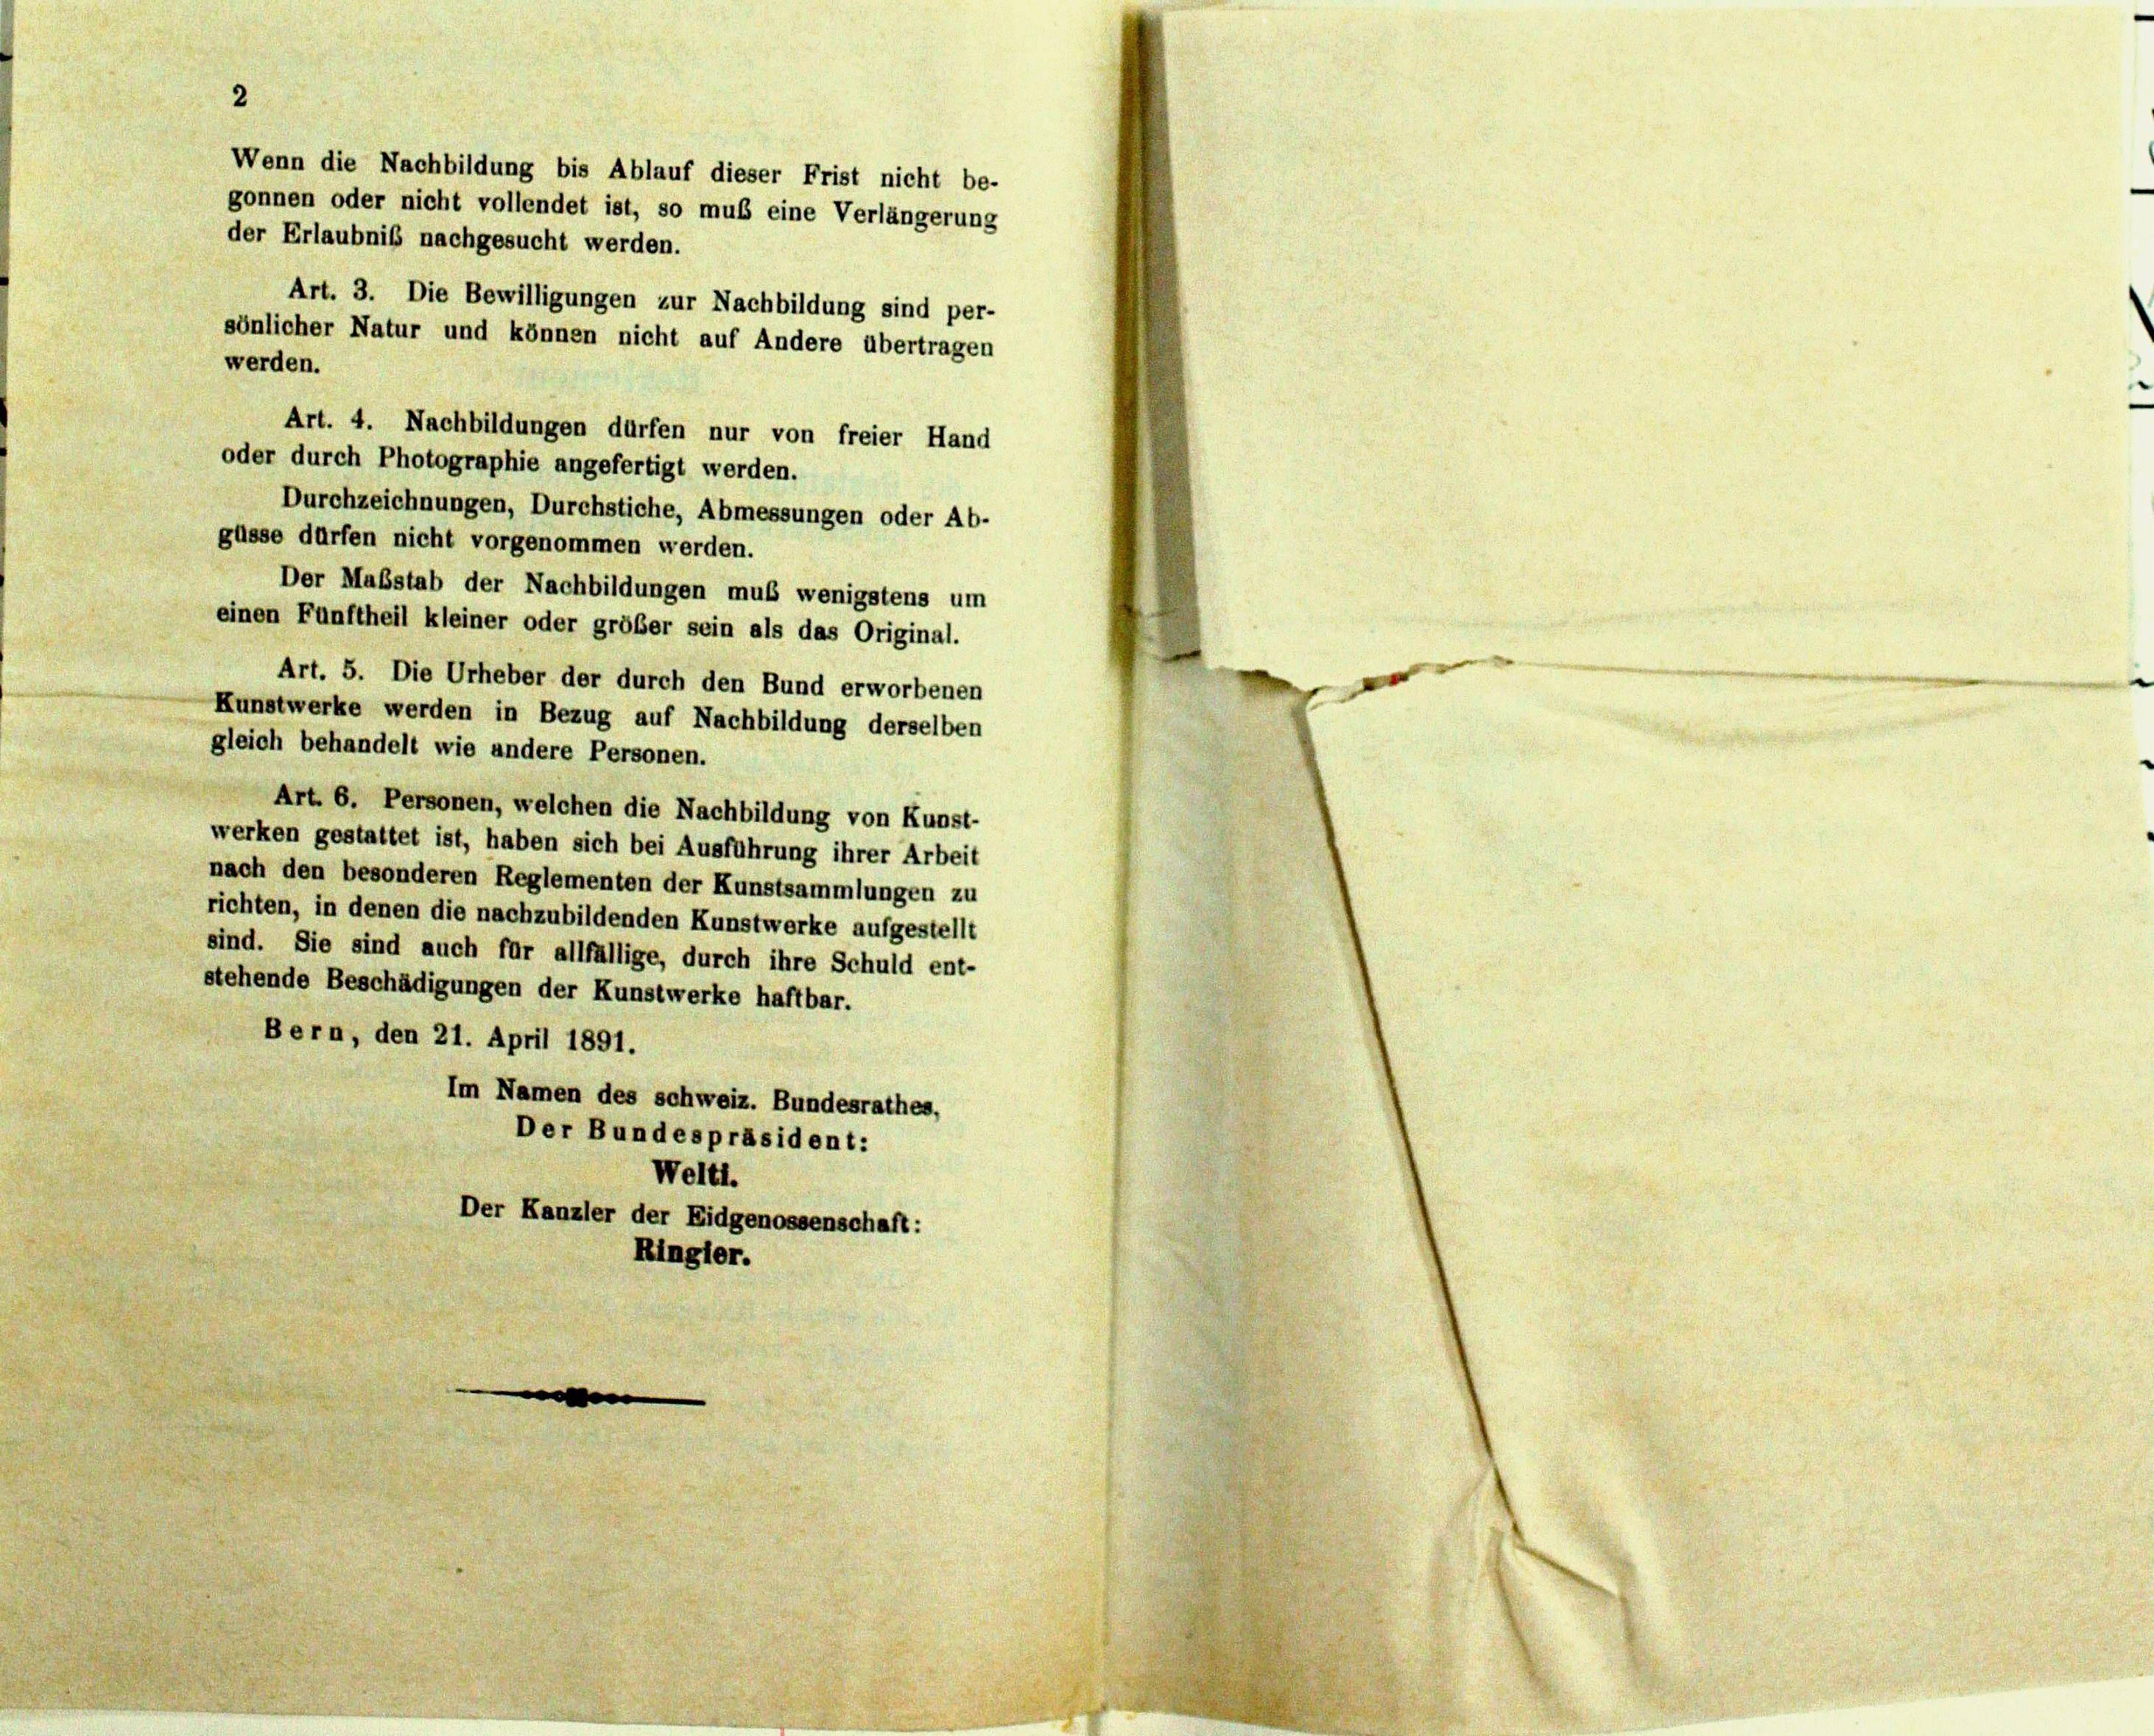
Art. 3. Die Bewilligungen zur Nachbildung sind per-
sönlicher Natur und können nicht auf Andere übertragen
werden.
Art. 4. Nachbildungen dürfen nur von freier Hand
oder durch Photographie angefertigt werden.
Durchzeichnungen, Durchstiche, Abmessungen oder Ab-
güsse dürfen nicht vorgenommen werden.
Der Maßstab der Nachbildungen muß wenigstens um
einen Fünftheil kleiner oder größer sein als das Original.
Art. 5. Die Urheber der durch den Bund erworbenen
Kunstwerke werden in Bezug auf Nachbildung derselben
gleich behandelt wie andere Personen.
Art. 6. Personen, welchen die Nachbildung von Kunst-
werken gestattet ist, haben sich bei Ausführung ihrer Arbeit
nach den besonderen Reglementen der Kunstsammlungen zu
richten, in denen die nachzubildenden Kunstwerke aufgestellt
sind. Sie sind auch für allfällige, durch ihre Schuld ent-
stehende Beschädigungen der Kunstwerke haftbar.
Bern, den 21. April 1891.
Im Namen des schweiz. Bundesrathes,
Der Bundespräsident:
Welti.
Der Kanzler der Eidgenossenschaft:
Ringler.

2

Wenn die Nachbildung bis Ablauf dieser Frist nicht be-
gonnen oder nicht vollendet ist, so muß eine Verlängerung
der Erlaubnis nachgesucht werden.